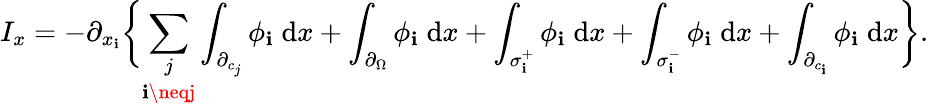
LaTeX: I_{x}=-\partial_{x_{\mathbf{i}}}\biggl\{ \underset{\mathbf{i}\neqj}{\sum_{j}}\int_{\partial_{c_{j}}}\phi_{\mathbf{i}}\; \mathrm{d}x+\int_{\partial_{\Omega}}\phi_{\mathbf{i}}\; \mathrm{d}x+\int_{\sigma_{\mathbf{i}}^{+}}\phi_{\mathbf{i}}\; \mathrm{d}x+\int_{\sigma_{\mathbf{i}}^{-}}\phi_{\mathbf{i}}\; \mathrm{d}x+\int_{\partial_{c_{\mathbf{i}}}}\phi_{\mathbf{i}}\; \mathrm{d}x\biggl\} .